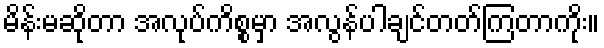
မိန်းမဆိုတာ အလုပ်ကိစ္စမှာ အလွန်ပါချင်တတ်ကြတာကိုး။